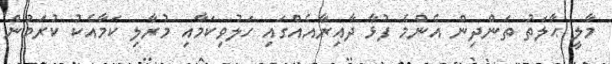
މާލީ ޙާލަތު ތަންދިން އެންމެ ފުޅާ ދާއިރާއެއްގައި ހަލުވިކަމާއި މުރާލި ކަމާއެކު ކުރަމުން